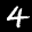
Label: 4